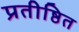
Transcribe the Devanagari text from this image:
प्रतीष्ठित